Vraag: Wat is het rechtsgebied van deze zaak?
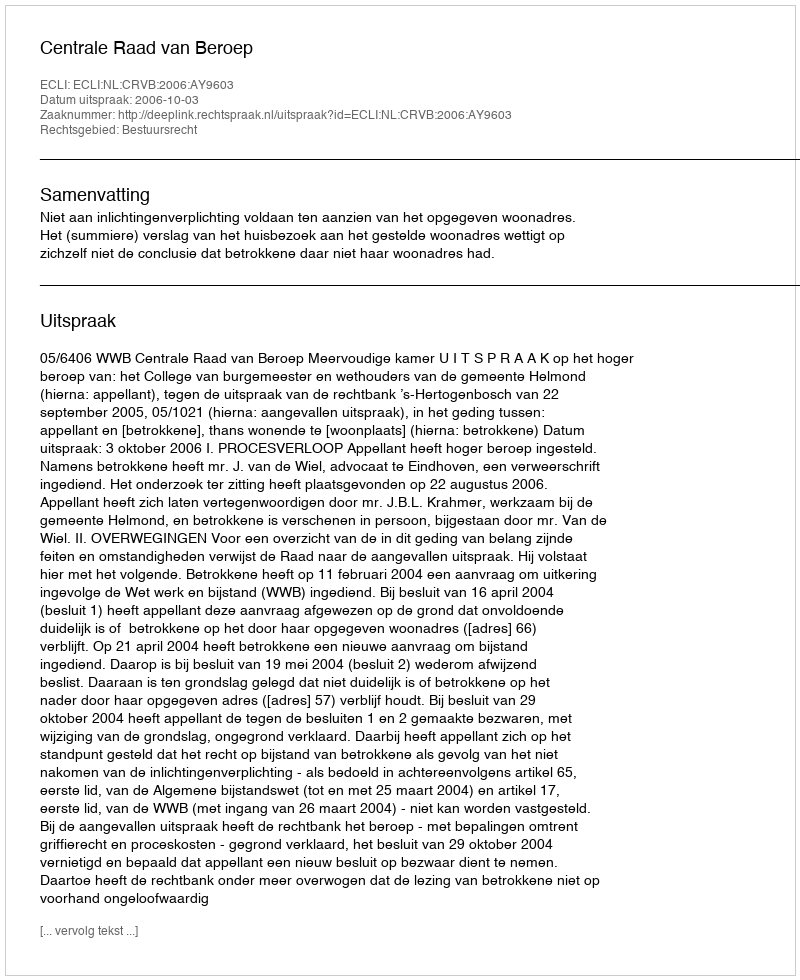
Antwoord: Bestuursrecht